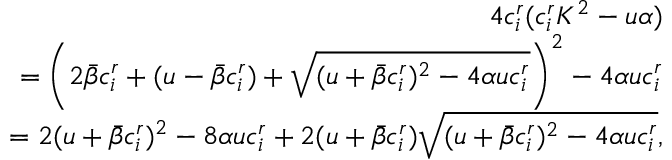
\begin{array} { r } { 4 c _ { i } ^ { r } ( c _ { i } ^ { r } K ^ { 2 } - { u \alpha } ) } \\ { = \left( 2 \bar { \beta } c _ { i } ^ { r } + ( u - \bar { \beta } c _ { i } ^ { r } ) + \sqrt { ( u + \bar { \beta } c _ { i } ^ { r } ) ^ { 2 } - 4 \alpha u c _ { i } ^ { r } } \right) ^ { 2 } - 4 \alpha u c _ { i } ^ { r } } \\ { = 2 ( u + \bar { \beta } c _ { i } ^ { r } ) ^ { 2 } - 8 \alpha u c _ { i } ^ { r } + 2 ( u + \bar { \beta } c _ { i } ^ { r } ) \sqrt { ( u + \bar { \beta } c _ { i } ^ { r } ) ^ { 2 } - 4 \alpha u c _ { i } ^ { r } } , } \end{array}